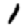
Digit: 1